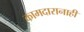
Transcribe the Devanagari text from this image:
कामदारानाही